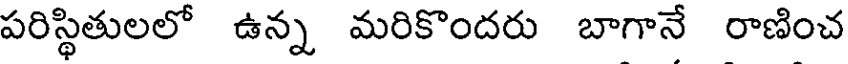
పరిస్థితులలో ఉన్న మరికొందరు బాగానే రాణించ